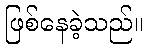
ဖြစ်နေခဲ့သည်။